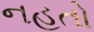
નહતો